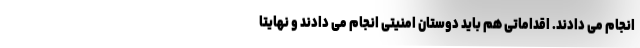
انجام می دادند. اقداماتی هم باید دوستان امنیتی انجام می دادند و نهایتا